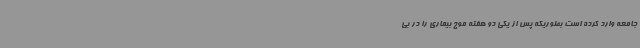
جامعه وارد کرده است بطوریکه پس از یکی دو هفته موج بیماری را در بی